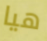
هيا